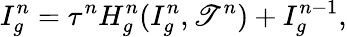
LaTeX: I_{g}^{n}=\tau^{n}H_{g}^{n}(I_{g}^{n},\mathscr{T}^{n})+I_{g}^{n-1},